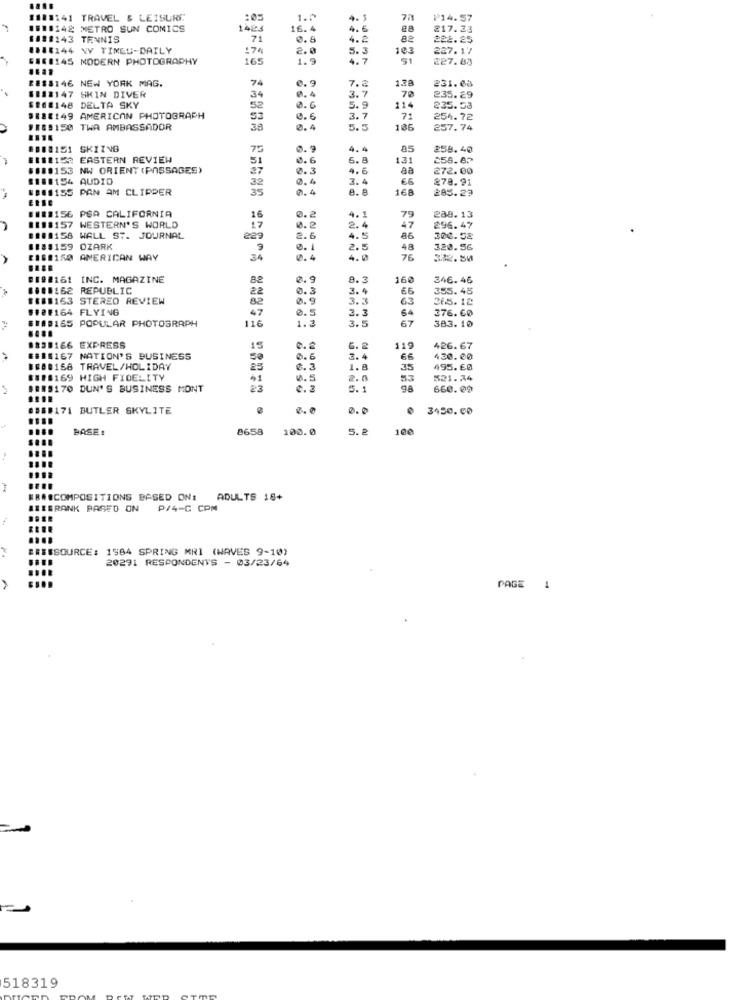
1188141
TRAVEL & LEISURE
:05
1.0
4. 3
7/
₱14.57
110142 METRO SUN COMICS
1423
16.4
4.6
217.23
1888143 TENNIS
71
4.2
82
282.25
0188144 NY TIMES-DAILY
174
2.0
5.3
103
227.17
6.68145 MODERN PHOTOGRAPHY
165
1.9
4. 7
227.88
2818146 NEW YORK MAG.
74
7.2
128
231.08
8112147 SKIN DIVER
34
0.4
3.7
.70
235.29
$16#148 DELTA SKY
52
0.6
5.9
114
235.53
0188149 AMERICAN PHOTOGRAPH
53
0.6
3.7
71
254.72
J18#150 TWA AMBASSADOR
0.4
5.5
106
257.74
####151 SKIING
75
0.9
4.4
85
259.40
11115: EASTERN REVIEW
51
0.6
6.8
131
258.62
119153 NW ORIENT (PASSAGES)
0.3
4.6
aa
272.00
181154 AUDIO
32
0.4
3.4
66
278.91
1001155 PAN AM CLIPPER
35
0.4
168
285.29
11:156 PSA CALIFORNIA
118157 WESTERN'S WORLD
16
4. 1
79
288.13
17
0.2
2.4
47
296.47
1181156 WALL ST. JOURNAL
229
2.6
4.5
86
300.58
1188159 OZARK
9
0. 1
2.5
48
320.56
CIS#150 AMERICAN WAY
34
0.4
4.0
76
332.50
8198161 INC. MAGAZINE
0.9
8.3
160
346.46
1100162 REPUBLIC
22
0. 3
3.4
66
355.45
1188163 STEREO REVIEW
82
0.9
3.3
63
265.12
512#164 FLYING
47
3.3
376.60
ERABISS POPULAR PHOTOGRAPH
116
0.5
1.3
67
383.10
3.5
1839166 EXPRESS
15
6. 2
115
426.67
$$$$167 NATION'S BUSINESS
0.6
3.4
66
430.00
1888168 TRAVEL/HOLIDAY
25
0. 3
1.8
35
495. 60
$118169 HIGH FIDELITY
41
0.5
2.0
53
521. 34
$#85170 DUN'S BUSINESS MONT
23
0.2
5. 1
660.00
058#171 BUTLER SKYLITE
0.0
3450.00
BASE:
8658
100.0
5. 2
100
....
BRA@COMPOSITIONS BASED ON:
ADULTS 18+
IBBRANK BASED ON P/4-C CPM
ERESSOURCE: 1964 SPRING MRI (WAVES 9-10)
20291 RESPONDENTS - 03/23/64
PAGE 1
518319